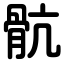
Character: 骯